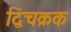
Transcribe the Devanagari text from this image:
द्विचक्रक